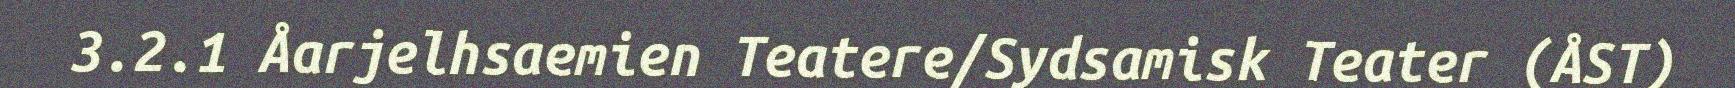
3.2.1 Åarjelhsaemien Teatere/Sydsamisk Teater (ÅST)